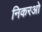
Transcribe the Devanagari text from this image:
निकरओ